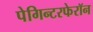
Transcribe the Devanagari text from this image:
पेगिन्टरफेरॉन